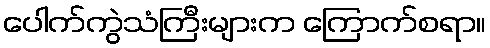
ပေါက်ကွဲသံကြီးများက ကြောက်စရာ။